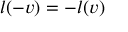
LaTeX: l ( - v ) = - l ( v )